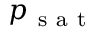
p _ { \mathrm { ~ s ~ a ~ t ~ } }